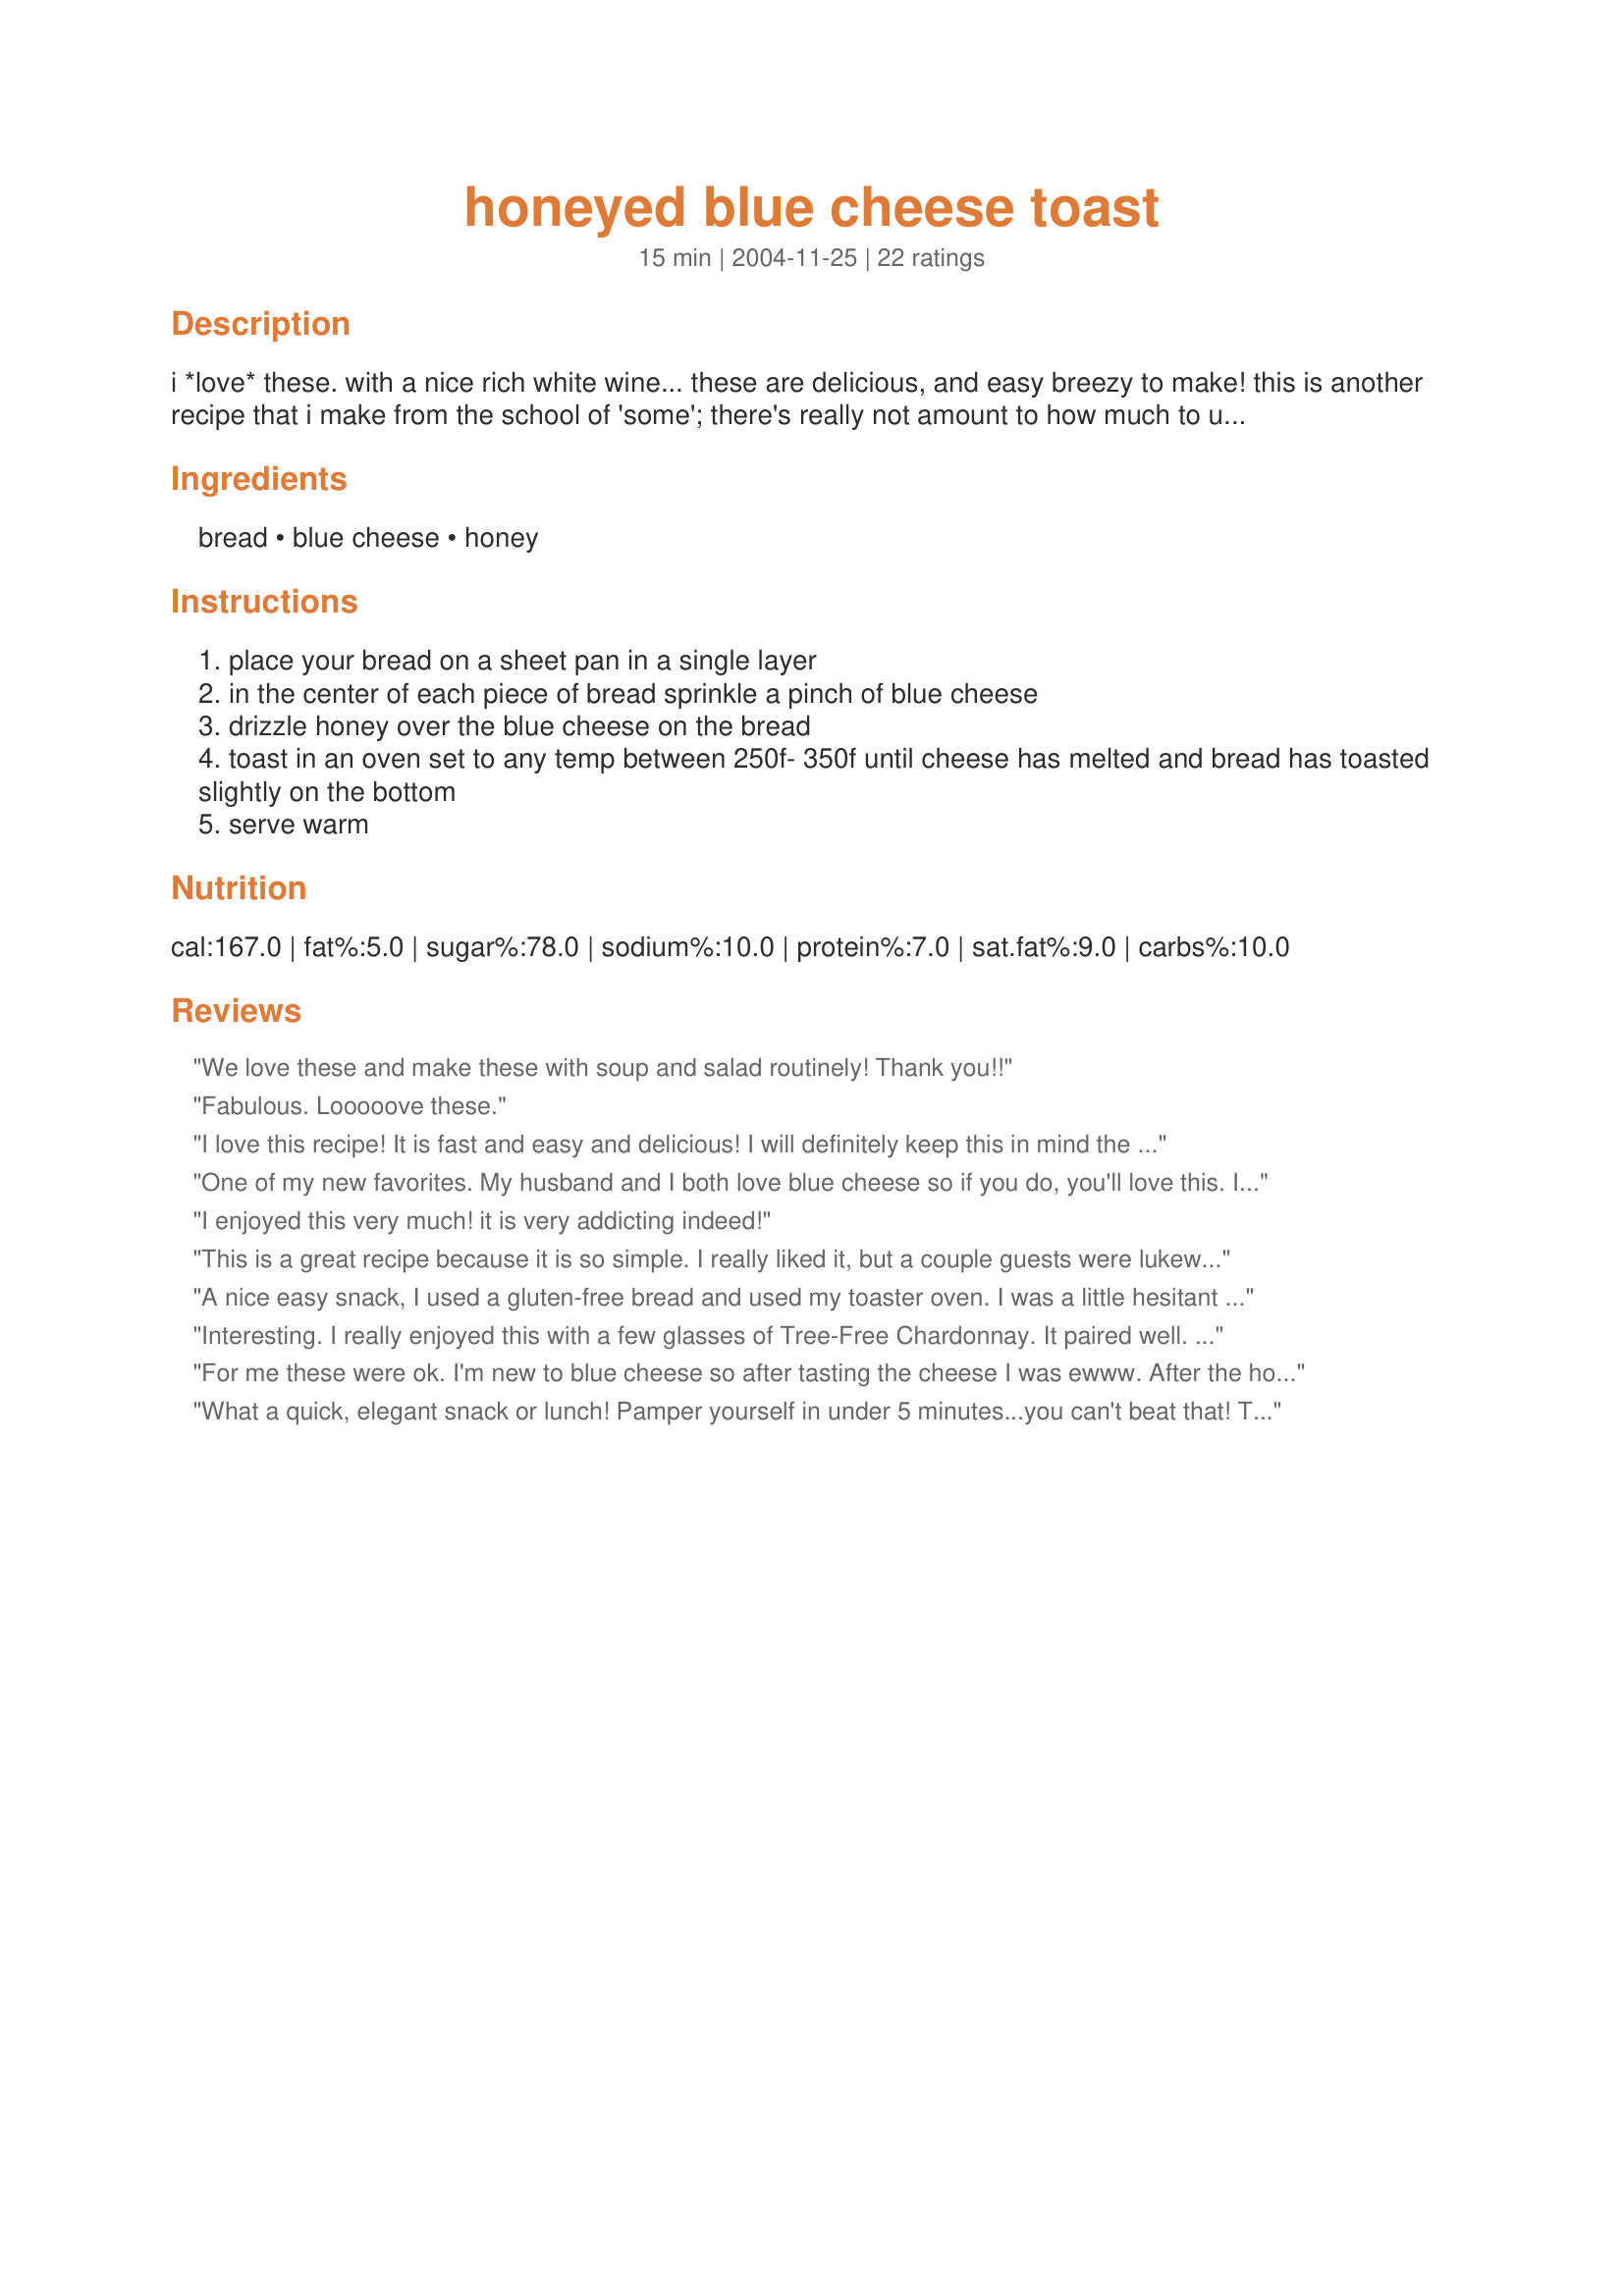
honeyed blue cheese toast
Preparation time: 15 minutes

i *love* these. with a nice rich white wine... these are delicious, and easy breezy to make! this is another recipe that i make from the school of 'some'; there's really not amount to how much to use, just a 'bit' of everything. this recipe is great because your oven temp is not very important. making a pie while making these? just stick it in the oven! all you need is for the cheese to melt and the bread, cheese, and honey to warm through.

Ingredients:
bread, blue cheese, honey

Steps:
place your bread on a sheet pan in a single layer
in the center of each piece of bread sprinkle a pinch of blue cheese
drizzle honey over the blue cheese on the bread
toast in an oven set to any temp between 250f- 350f until cheese has melted and bread has toasted slightly on the bottom
serve warm

Reviews:
We love these and make these with soup and salad routinely! Thank you!!
Fabulous. Looooove these.
I love this recipe! It is fast and easy and delicious! I will definitely keep this in mind the next time I host a dinner party.&lt;br/&gt;Shelia&lt;br/&gt;House of Highlands
One of my new favorites. My husband and I both love blue cheese so if you do, you'll love this. I like the ease in making it, takes no time at all.
I enjoyed this very much! it is very addicting indeed!
This is a great recipe because it is so simple. I really liked it, but a couple guests were lukewarm. I might make again as a snack. Thanks!
A nice easy snack, I used a gluten-free bread and used my toaster oven. I was a little hesitant about the blue cheese/honey combo, but it's quite good! And addictive! : )
Interesting. I really enjoyed this with a few glasses of Tree-Free Chardonnay. It paired well. I softened my blue cheese and spread it because I had very thinly sliced baguette on hand and I didn't want there to be too much cheese. It was very delicious. Thanks for sharing!
For me these were ok. I'm new to blue cheese so after tasting the cheese I was ewww. After the honey and toasting it was a bit milder, but still strong for me. I agree with Desree42, white wine is excellent with these.
What a quick, elegant snack or lunch! Pamper yourself in under 5 minutes...you can't beat that! The first time I tried these I didn't have white bread so I used pumpernickel. I will try them again with the chewy, crusty white bread soon. Thanks!
What a great little snack or appy. I used little slices of French Baguette for the base, and they toasted perfectly with crispy edges and chewy centers. The honey/bleu cheese combo is great. I threw these together for a quick lunch, but can see how they would pair beautifully with a glass of wine.
Really tasty, I used Vogels bread and Kikorangi cheese, served for a snack for myself and thoroughly enjoyed it!
ABSOLUTELY AMAZING~If you like blue cheese you will love these. I used really good quality ingredients and it was worth the extra effort. These are so easy!
I loved this. It was simple to make, delicious, and very decadent. Thank you Desree42!
I'm not a fan of blue cheese, but made these for a party and the guests (and me too) loved them. The tangy taste of the cheese and the sweetness of the honey make for a brilliant combination. And they're so easy to make! Love this recipe. Thank you!
This was excellent. I served it for a Thanksgiving appetizer and received many compliments. Thanks for summiting this recipe, Desree42.
I held off giving it 5 stars because after the first taste I thought " Yes it's OK but not super 5 star" Well then I ate my second bite and I was hooked. It is the type of flavor that sneaks up on you - Subtle and then lingering. I am not a sweet eater so I was concerned about the amount of honey and cut it back from i tbsp to apprx 1 tsp per slice.I used a baguette Thanks Desreed42 for a lovely appetizer Cheers Bergy
PS it goes really well with a martini too
Sorry, but not for me. I'm not rating this because I'm trying several different blue cheese recipes to see if it is me or the cheese. I thought the honey would make the difference, but no go. The idea is fab though!
Yummmm!!!
I love this! So easy. Thanks for a great recipe. I have already made it twice and I already know that I am making it for a dinner party in two weeks. Somehow, I have to get mine to look as beautiful as Bergy"s photo!
so simple, so good. I didn't even toast it, just spread the honey and the cheese on sesame wheat crackers - so I didn't really need a recipe, more an affirmation that the idea wasn't totally crazy when it struck me to combine honey with blue cheese. thanks for the affirmation anyway :)
Very good indeed!!! I spread this on homemade multigrain bread. I mixed the cheese and honey together , and then spread the mixture on the bread. It turned out brown and bubbly and yummy. the only way this could possibly be better is maybe some walnuts added to this, but then again, if its not broke don't fix it!! thank you Desree42!!
Edible, but too strong of flavor. Better direction in spreading out a VERY thin layer of blue cheese and very little honey on each slice would be good. You should definitely bake it on 350 and it will take longer than 5 minutes. Garlic would be a good addition. And maybe some other herb, to detract from the strong blue cheese.
